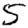
Digit: 5